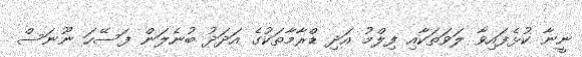
ނީނާ ކުޅެފައިވާ ލަވަތަކާއި ފިލްމު އަދި ޑްރާމާތަކުގެ އަދަދު ބުނެލަން ފަސޭހަ ނޫނަސް